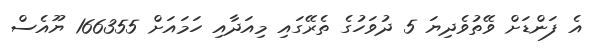
އެ ފަންޑަށް ވޭތުވެދިޔަ 5 ދުވަހުގެ ތެރޭގައި މިއަދާއި ހަމައަށް 166355 ޔޫއެސް